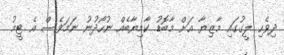
ދިވެހި ލީގުގައި މާޒިޔާ އަށް މާބޮޑު ކާމިޔާބެއް ނުހޯދުނު ނަމަވެސް އެ ޓީމު